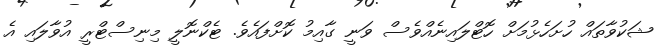
ޝަކުވާތައް ހުށަހެޅުމަށް ހޮޓްލައިނެއްވެސް ވަނީ ގާއިމު ކޮށްފައެވެ. ޓެކްނޮލީ މިނިސްޓްރީ އުވާލައި އެ